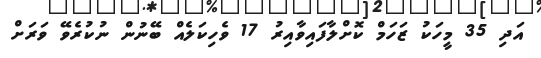
އަދި 35 މީހަކު ޒަހަމް ކޮށްލާފައިވާއިރު 17 ވެހިކަލެއް ބޭނުން ނުކުރެވޭ ވަރަށް